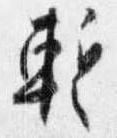
暫